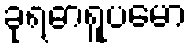
ခုရဓာရူပမော